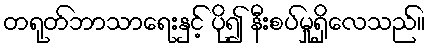
တရုတ်ဘာသာရေးနှင့် ပို၍ နီးစပ်မှုရှိလေသည်။